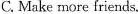
C. Make more friends.